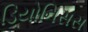
ડિયોનિસસ